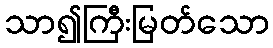
သာ၍ကြီးမြတ်သော